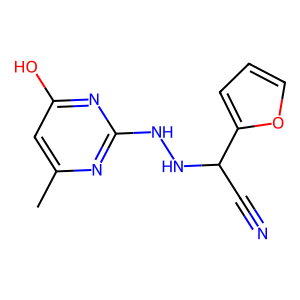
SMILES: Cc1cc(O)nc(NNC(C#N)c2ccco2)n1
Inhibits HIV replication: No